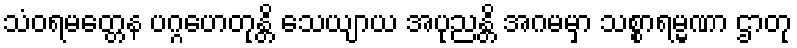
သံဝရမတ္တေန ပဂ္ဂဟေတုန္တိ သေယျာယ အပုညန္တိ အဂမမှာ သစ္စာရမ္မဏာ ဌာတု